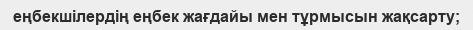
еңбекшілердің еңбек жағдайы мен тұрмысын жақсарту;